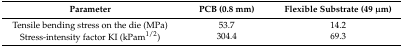
| Parameter | PCB (0.8 mm) | Flexible Substrate (49 μm) |
 | --- | --- | --- |
 | Tensile bending stress on the die (MPa) | 53.7 | 14.2 |
 | Stress-intensity factor KI (kPam1/2) | 304.4 | 69.3 |